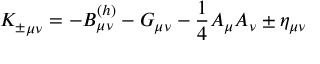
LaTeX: { K _ { \pm } } _ { \mu \nu } = - B _ { \mu \nu } ^ { ( h ) } - { \cal G } _ { \mu \nu } - { \frac { 1 } { 4 } } { \cal A } _ { \mu } { \cal A } _ { \nu } \pm \eta _ { \mu \nu }